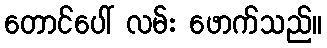
တောင်ပေါ် လမ်း ဖောက်သည်။